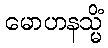
မောဟနသ္မိံ